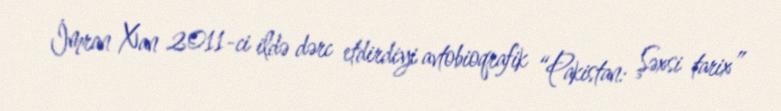
İmran Xan 2011-ci ildə dərc etdirdiyi avtobioqrafik “Pakistan: Şəxsi tarix”